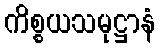
ကိစ္စယသမုဋ္ဌာနံ